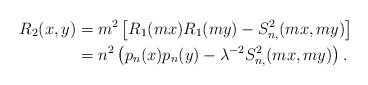
\begin{align*}R_2(x,y)&=m^2\left[R_1(mx)R_1(my)-S^2_{n,}(mx,my)\right]\\&=n^2\left(p_{n}(x)p_{n}(y)-\lambda^{-2}S^2_{n,}(mx,my)\right).\end{align*}